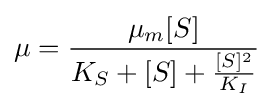
\mu ={\frac {\mu _{m}[S]}{K_{S}+[S]+{\frac {[S]^{2}}{K_{I}}}}}